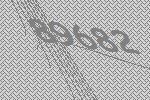
89682